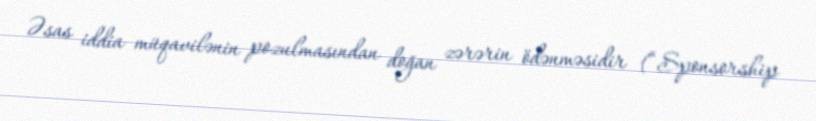
Əsas iddia müqavilənin pozulmasından doğan zərərin ödənməsidir (“Sponsorship